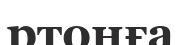
ртонға